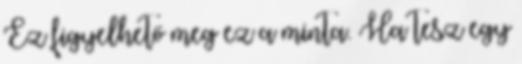
Ez figyelhető meg ez a minta. Ha tesz egy